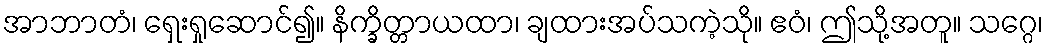
အာဘာတံ၊ ရှေးရှုဆောင်၍။ နိက္ခိတ္တာယထာ၊ ချထားအပ်သကဲ့သို။ ဧဝံ၊ ဤသို့အတူ။ သဂ္ဂေ၊